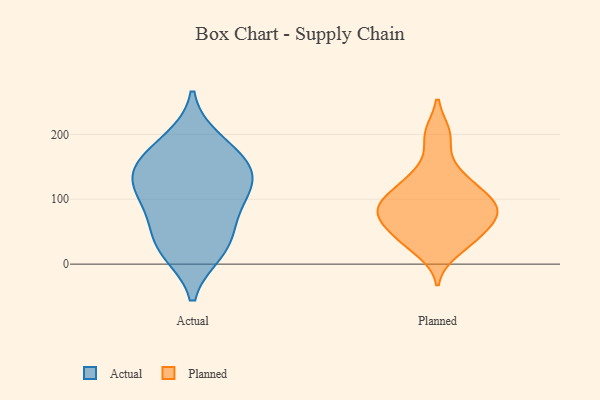
{"axis": {"x": "Population (Million)", "y": "Value"}, "legend": ["Actual", "Planned"], "data": [{"x": "", "y": 130, "type": "Actual"}, {"x": "", "y": 170, "type": "Actual"}, {"x": "", "y": 190, "type": "Actual"}, {"x": "", "y": 87, "type": "Actual"}, {"x": "", "y": 90, "type": "Actual"}, {"x": "", "y": 26, "type": "Actual"}, {"x": "", "y": 138, "type": "Actual"}, {"x": "", "y": 43, "type": "Actual"}, {"x": "", "y": 125, "type": "Actual"}, {"x": "", "y": 20, "type": "Actual"}, {"x": "", "y": 151, "type": "Actual"}, {"x": "", "y": 82, "type": "Planned"}, {"x": "", "y": 200, "type": "Planned"}, {"x": "", "y": 198, "type": "Planned"}, {"x": "", "y": 92, "type": "Planned"}, {"x": "", "y": 21, "type": "Planned"}, {"x": "", "y": 140, "type": "Planned"}, {"x": "", "y": 93, "type": "Planned"}, {"x": "", "y": 44, "type": "Planned"}, {"x": "", "y": 77, "type": "Planned"}, {"x": "", "y": 35, "type": "Planned"}, {"x": "", "y": 67, "type": "Planned"}, {"x": "", "y": 78, "type": "Planned"}, {"x": "", "y": 119, "type": "Planned"}, {"x": "", "y": 136, "type": "Planned"}, {"x": "", "y": 114, "type": "Planned"}, {"x": "", "y": 83, "type": "Planned"}, {"x": "", "y": 37, "type": "Planned"}, {"x": "", "y": 53, "type": "Planned"}, {"x": "", "y": 94, "type": "Planned"}]}